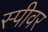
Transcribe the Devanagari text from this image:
स्पीवर